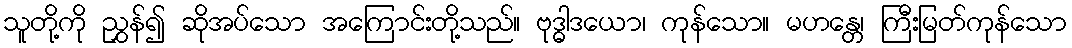
သူတို့ကို ညွှန်၍ ဆိုအပ်သော အကြောင်းတို့သည်။ ဗုဒ္ဓါဒယော၊ ကုန်သော။ မဟန္တေ၊ ကြီးမြတ်ကုန်သော